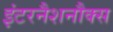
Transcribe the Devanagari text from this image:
इंटरनैशनौक्स